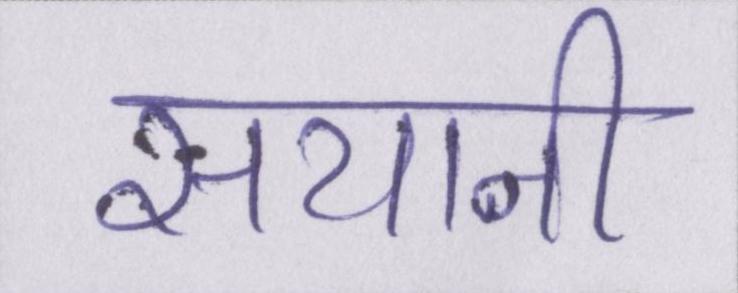
सयानी